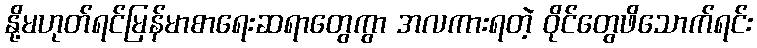
နို့မဟုတ်ရင်မြန်မာစာရေးဆရာတွေကွာ အလကားရတဲ့ ဝိုင်တွေဖိသောက်ရင်း